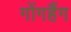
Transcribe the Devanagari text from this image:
गोंगहैंग